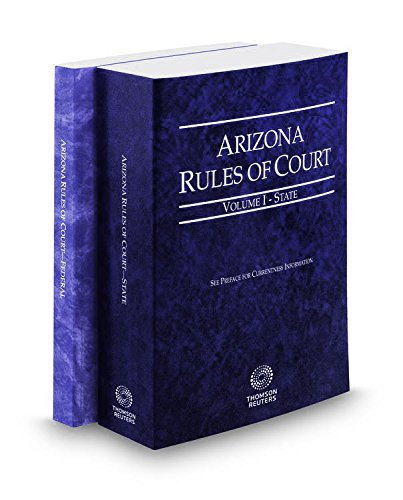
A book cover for Arizona Rules of Court - State and Federal, 2015 Ed. (Vols. I & II, Arizona Court Rules); Thomson West; Law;